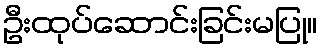
ဦးထုပ်ဆောင်းခြင်းမပြု။